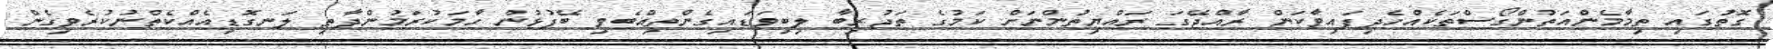
ގޮތުގައި ތިމާމެންއަތުންގޯސްތަކެއްހެދިފައިވާކަން ރާއްޖޭގަ ރައްޔިތުންނަށް ކަމުގެ ތަޖުރިބާ ލިބިވަޑައިގެންތިއްބެވި ބޭފުޅުން ހާމަކުރަމުންދާތި ލަނގޮޑިއެއްކެތްނުކުރެވިގެން